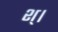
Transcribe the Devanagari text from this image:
श्।